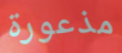
مذعورة